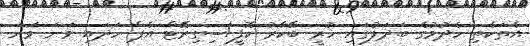
އެތަކެތި ހެދުމުގެ ބަދަލުގައި ހުރީ ބޭކާރު ކޮފީ/ސިގިރޭޓް އެޕް ހަދައި ވަނަ ވަނަ